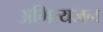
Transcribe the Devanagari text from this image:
अभित्यजन